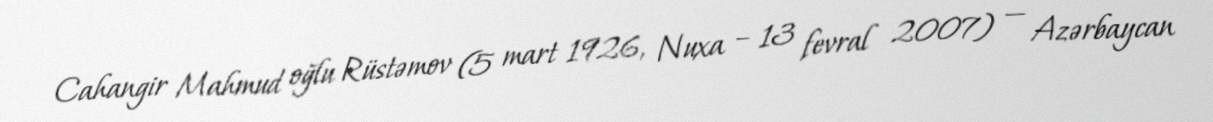
Cahangir Mahmud oğlu Rüstəmov (5 mart 1926, Nuxa – 13 fevral 2007) — Azərbaycan